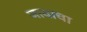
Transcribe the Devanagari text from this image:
जावाचा